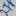
Text: 27p